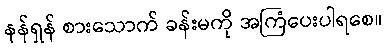
နန်ရှန် စားသောက် ခန်းမကို အကြံပေးပါရစေ။